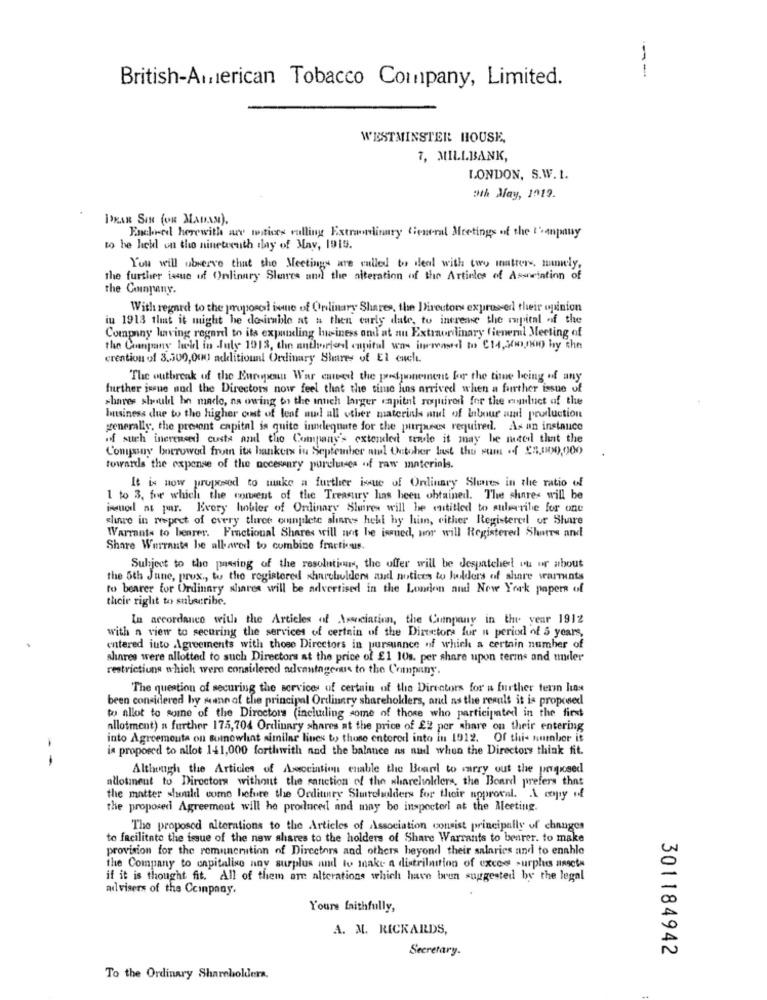
British-Aınıerican Tobacco Company, Limited.
--
WESTMINSTER HOUSE,
7, MILLBANK,
LONDON, S.W.1.
"th May, 1019.
INMAR SIN (OR MADAM).
Encheed herewith are matices vulling Extraordinary General Meetings of the tranpany
to he lichl on the nineteenth day of May, 1915.
You will observe that she Meetings are called to deal with two matters, manuely,
the further issue of Onlinary Shares and the alteration of the Articles of Association of
the Company.
With regard to the proposed! issue of Ordinary Shares, the Directory expressed their opinion
in 1913 that it might be desirable at a then early date, to increase the capital of the
Company having regard to its expuling business ond at an Extraordinary fienernl Meeting of
the Company fall in July 1913, the authorised capital was increased to €14, 500,000 by the
crention of 3.500,000 additionnl Ordinary Shares of El euch.
The outbreak of the European War cabest the predponement for the time being of any
further issue nod the Directors now feel that the time hins arrived when a further issue of
shares should hn made, na owing to the intich larger capital required for the enluet of the
business due to the higher cont of leaf nul all other materials and of Inbour wal production
generally, the present capital is quite innelequate for the purpose required. As an instance
if such increased costs and the Company's extended wale it may be noted that the
Company borrowed from its hankerx in September mul thatcher last the sum of $3,000,000
towards the expense of the necessary porcluses of raw materials.
It is now proposed to make a further issue of Ordinary Shares in the ratio of
1 to 3, for which the consent of the Treasury has been obtained. The shares will be
imuod as par. Every hobler of Ordinary Shares will be entitled to subscribe for one
slune in respect of every three complete shares held by him, either Registered or Share
Warrants to benrer. Fractional Shares will not be issued, nor will Registered Shores and
Share Warrants be albarod to combine fractious.
Subject to the passing of the resolutions, the offer will be despatched! ou or about
the 5th June, prox ., to the registered shareholders aud notices to holders of share warrants
to bearer for Ordinary shares will be advertised in the London and New York papers of
their right to subscribe.
In accordance with the Articles of Association, the Company in the year 1912
with a view to securing the services of certain of the Directors for a period of 5 years,
entered into Agreements with those Directors in pursunnce of which a certain number of
shares were allotted to such Directors at the price of £1 10s. per share upon terms and muler
restrictions which were considered advantageous to the Company.
The question of securing the services of certain of the Directors for a further term las
been considered by some of the principal Ordinary sharehollers, and ns the result it is proposed
to allot to some of the Directors (incluiling some of those who participated in the first
allotment) a further 175,704 Ordinary shares at the price of 22 per share on their entering
into Agreemouta on sumowhat similar lines to those entered into in 1912. Of this number it
is proposed to allot 141,000 forthwith nad the balance ns nud when the Directors think fit.
- -
Although the Articles of Association enable the Board to carry out the proposed
alotment to Directors without the sanction of the shareholders, the Board prefers that
the matter should come hefure the Orditinry Slutchelders for their approval. A copy of
the proposed Agreement will he produced and may be inspecter! at the Meeting.
The proposed alterations to the Articles of Association consist principally of changes
to facilitate the issue of the new shares to the holders of Share Warrants to benrer. to make
provision for the remuneration of Directors and others beyond their salaries and to enahle
the Company to capitalise any surplus and to make a distrilmition of exces surplus ungcts
if it is thought fit. All of them are alterations which have been suggested by the legal
advisers of the Ccinpany.
Yours faithfully,
A. M. RICKARDS,
Secretary.
301184942
To the Ordinary Shareholders.